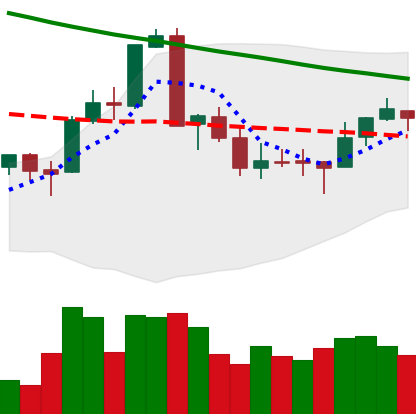
Ticker: XMR-USD
Chart end date: 2018-09-16
Forward return: 5.725%
Label: up_5_7